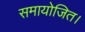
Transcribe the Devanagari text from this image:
समायोजित।